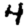
Digit: 4